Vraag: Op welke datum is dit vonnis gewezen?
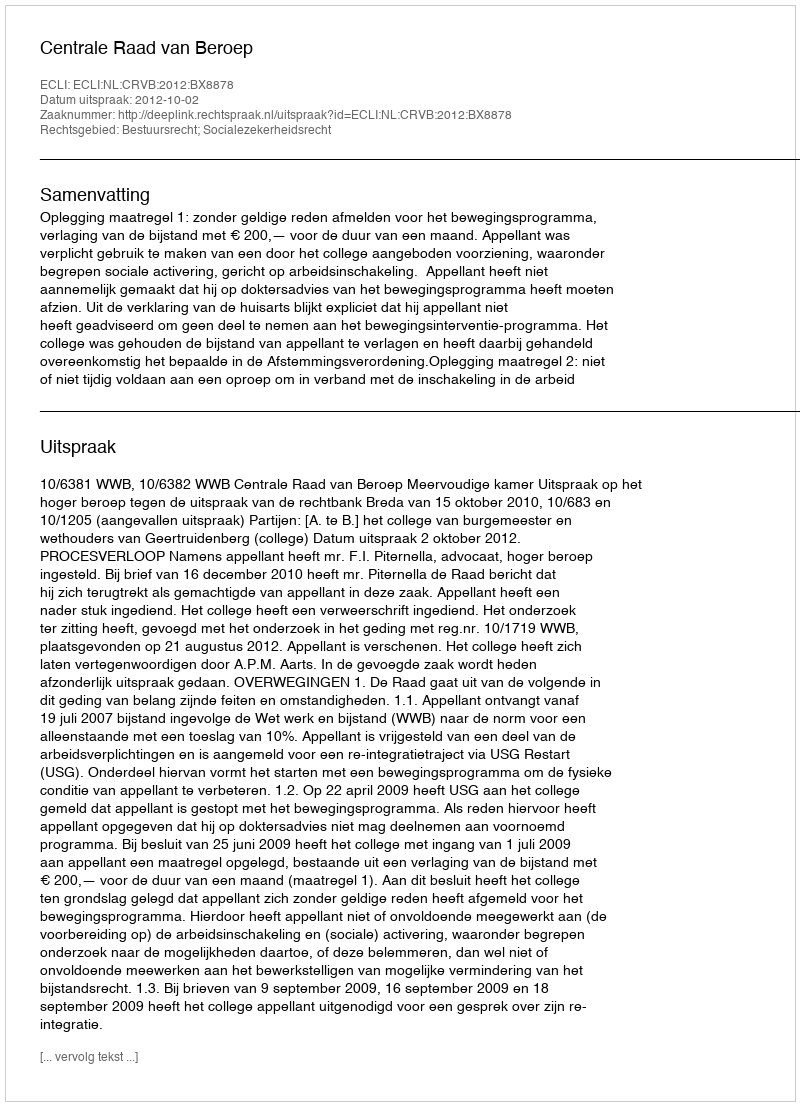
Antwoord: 2012-10-02